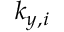
k _ { y , i }